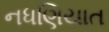
નધણિયાત